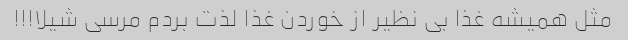
مثل همیشه غذا بی نظیر از خوردن غذا لذت بردم مرسی شیلا!!!